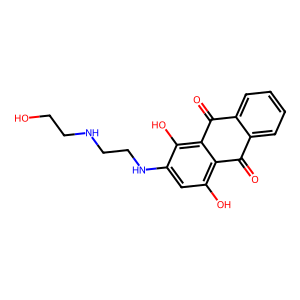
SMILES: O=C1c2ccccc2C(=O)c2c(O)c(NCCNCCO)cc(O)c21
Inhibits HIV replication: No